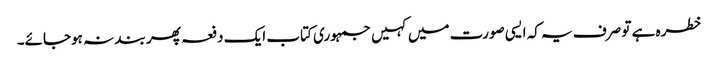
خطرہ ہے تو صرف یہ کہ ایسی صورت میں کہیں جمہوری کتاب ایک دفعہ پھر بند نہ ہوجائے۔